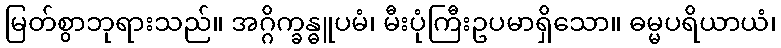
မြတ်စွာဘုရားသည်။ အဂ္ဂိက္ခန္ဓူပမံ၊ မီးပုံကြီးဥပမာရှိသော။ ဓမ္မပရိယာယံ၊